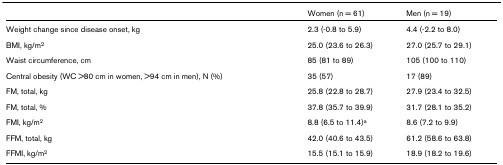
|  | Women (n = 61) | Men (n = 19) |
 | --- | --- | --- |
 | Weight change since disease onset, kg | 2.3 (-0.8 to 5.9) | 4.4 (-2.2 to 8.0) |
 | BMI, kg/m2 | 25.0 (23.6 to 26.3) | 27.0 (25.7 to 29.1) |
 | Waist circumference, cm | 85 (81 to 89) | 105 (100 to 110) |
 | Central obesity (WC >80 cm in women, >94 cm in men), N (%) | 35 (57) | 17 (89) |
 | FM, total, kg | 25.8 (22.8 to 28.7) | 27.9 (23.4 to 32.5) |
 | FM, total, % | 37.8 (35.7 to 39.9) | 31.7 (28.1 to 35.2) |
 | FMI, kg/m2 | 8.8 (6.5 to 11.4)a | 8.6 (7.2 to 9.9) |
 | FFM, total, kg | 42.0 (40.6 to 43.5) | 61.2 (58.6 to 63.8) |
 | FFMI, kg/m2 | 15.5 (15.1 to 15.9) | 18.9 (18.2 to 19.6) |